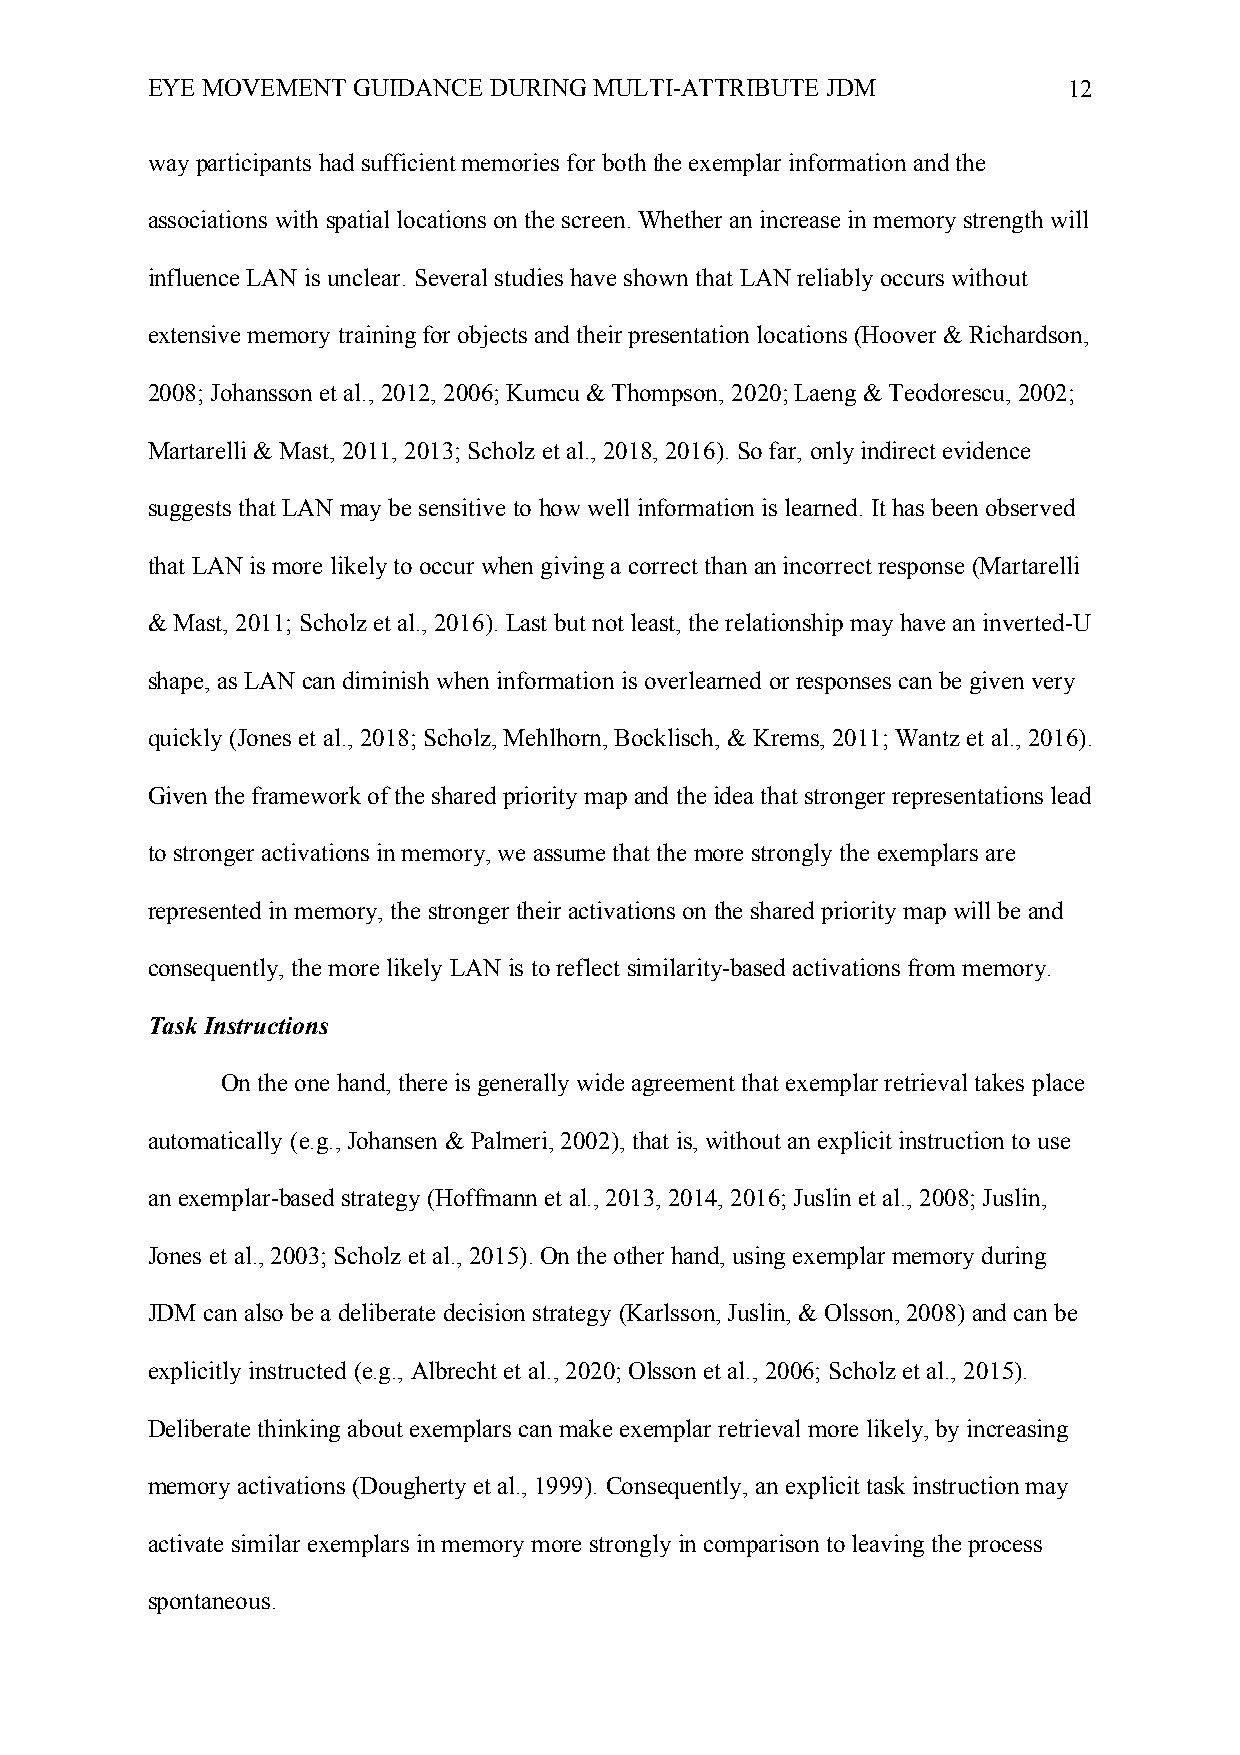
EYE MOVEMENT GUIDANCE DURING MULTI-ATTRIBUTE JDM             12
 way participants had sufficient memories for both the exemplar information and the
 associations with spatial locations on the screen. Whether an increase in memory strength will
 influence LAN is unclear. Several studies have shown that LAN reliably occurs without
 extensive memory training for objects and their presentation locations (Hoover & Richardson,
 2008; Johansson et al., 2012, 2006; Kumcu & Thompson, 2020; Laeng & Teodorescu, 2002;
 Martarelli & Mast, 2011, 2013; Scholz et al., 2018, 2016). So far, only indirect evidence
 suggests that LAN may be sensitive to how well information is learned. It has been observed
 that LAN is more likely to occur when giving a correct than an incorrect response (Martarelli
 & Mast, 2011; Scholz et al., 2016). Last but not least, the relationship may have an inverted-U
 shape, as LAN can diminish when information is overlearned or responses can be given very
 quickly (Jones et al., 2018; Scholz, Mehlhorn, Bocklisch, & Krems, 2011; Wantz et al., 2016).
 Given the framework of the shared priority map and the idea that stronger representations lead
 to stronger activations in memory, we assume that the more strongly the exemplars are
 represented in memory, the stronger their activations on the shared priority map will be and
 consequently, the more likely LAN is to reflect similarity-based activations from memory.
 Task Instructions
 On the one hand, there is generally wide agreement that exemplar retrieval takes place
 automatically (e.g., Johansen & Palmeri, 2002), that is, without an explicit instruction to use
 an exemplar-based strategy (Hoffmann et al., 2013, 2014, 2016; Juslin et al., 2008; Juslin,
 Jones et al., 2003; Scholz et al., 2015). On the other hand, using exemplar memory during
 JDM can also be a deliberate decision strategy (Karlsson, Juslin, & Olsson, 2008) and can be
 explicitly instructed (e.g., Albrecht et al., 2020; Olsson et al., 2006; Scholz et al., 2015).
 Deliberate thinking about exemplars can make exemplar retrieval more likely, by increasing
 memory activations (Dougherty et al., 1999). Consequently, an explicit task instruction may
 activate similar exemplars in memory more strongly in comparison to leaving the process
 spontaneous.